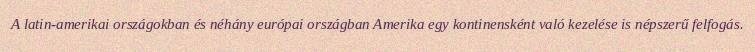
A latin-amerikai országokban és néhány európai országban Amerika egy kontinensként való kezelése is népszerű felfogás.